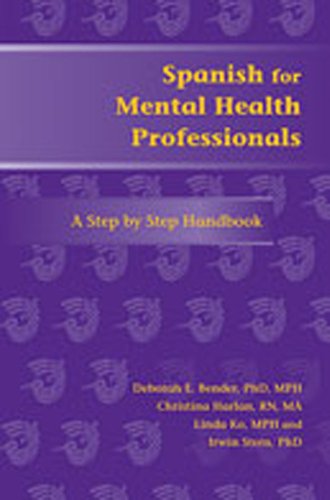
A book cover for Spanish for Mental Health Professionals: A Step by Step Handbook (Paso a Paso Series for Health-Care Professionals) (English and Spanish Edition); Deborah E. Bender; Health, Fitness & Dieting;